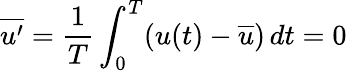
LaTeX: {\overline{{u^{\prime}}}}={\frac{1}{T}}\int_{0}^{T}(u(t)-{\overline{{u}}})\, dt=0